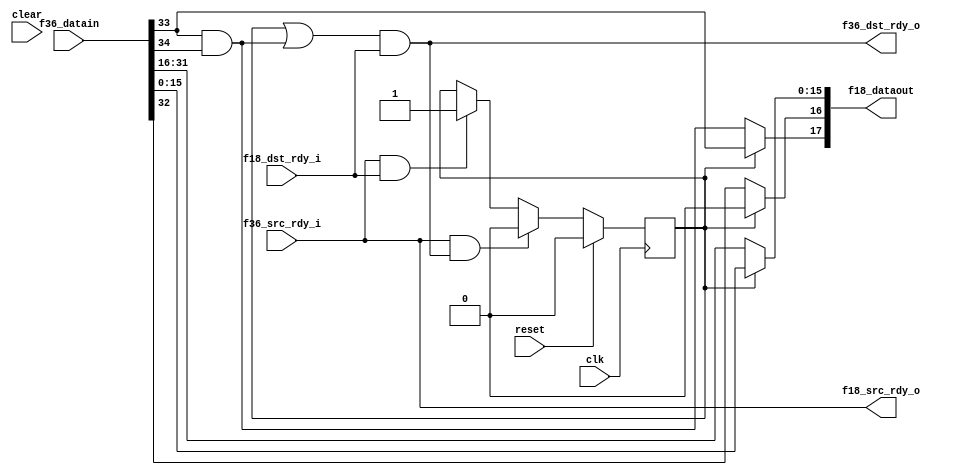

module fifo36_to_fifo18
  (input clk, input reset, input clear,
   input [35:0] f36_datain,
   input f36_src_rdy_i,
   output f36_dst_rdy_o,
   
   output [17:0] f18_dataout,
   output f18_src_rdy_o,
   input f18_dst_rdy_i );

   wire   f36_sof  = f36_datain[32];
   wire   f36_eof  = f36_datain[33];
   wire   f36_occ  = f36_datain[35:34];

   reg phase;

   wire half_line 	   = f36_eof & ((f36_occ==1)|(f36_occ==2));
   
   assign f18_dataout[15:0] = phase ? f36_datain[15:0] : f36_datain[31:16];
   assign f18_dataout[16]  = phase ? 0 : f36_sof;
   assign f18_dataout[17]  = phase ? f36_eof : half_line;
   
   assign f18_src_rdy_o    = f36_src_rdy_i;
   assign f36_dst_rdy_o    = (phase | half_line) & f18_dst_rdy_i;
	
   wire f18_xfer 	   = f18_src_rdy_o & f18_dst_rdy_i;
   wire f36_xfer 	   = f36_src_rdy_i & f36_dst_rdy_o;

   always @(posedge clk)
     if(reset)
       phase 		  <= 0;
     else if(f36_xfer)
       phase 		  <= 0;
     else if(f18_xfer)
       phase 		  <= 1;
   
       
endmodule // fifo36_to_fifo18